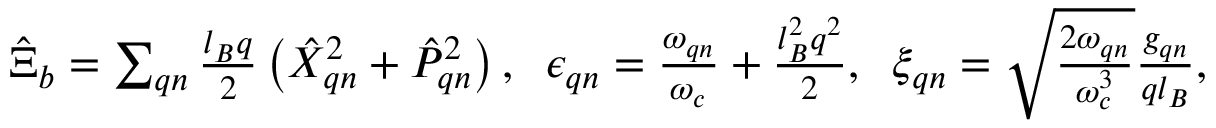
\begin{array} { r } { \hat { \boldsymbol { \Xi } } _ { b } = \sum _ { \boldsymbol { q } n } \frac { l _ { B } \boldsymbol { q } } { 2 } \left( \hat { X } _ { \boldsymbol { q } n } ^ { 2 } + \hat { P } _ { \boldsymbol { q } n } ^ { 2 } \right) , \; \; \epsilon _ { \boldsymbol { q } n } = \frac { \omega _ { \boldsymbol { q } n } } { \omega _ { c } } + \frac { l _ { B } ^ { 2 } q ^ { 2 } } { 2 } , \; \; \xi _ { \boldsymbol { q } n } = \sqrt { \frac { 2 \omega _ { \boldsymbol { q } n } } { \omega _ { c } ^ { 3 } } } \frac { g _ { \boldsymbol { q } n } } { q l _ { B } } , } \end{array}